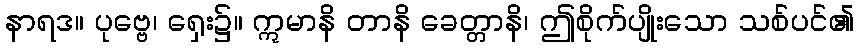
နာရဒ။ ပုဗ္ဗေ၊ ရှေး၌။ ဣမာနိ တာနိ ခေတ္တာနိ၊ ဤစိုက်ပျိုးသော သစ်ပင်၏